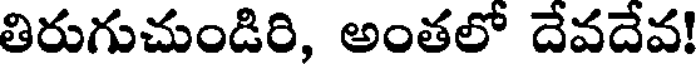
తిరుగుచుండిరి, అంతలో దేవదేవ!